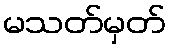
မသတ်မှတ်